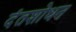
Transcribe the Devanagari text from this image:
दंतशोधन